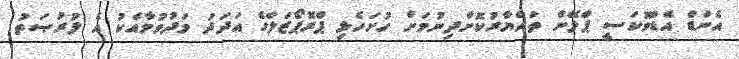
އެންޑް އެޑްވޮކަސީ ޕްލޭން ތައްޔާރުކޮށްދިނުމަށް ހުށަހެޅި ޕްރޮޕޯޒަލްގެ އަދަދު މަދުވުމާއެކު އެ ފުރުޞަތު